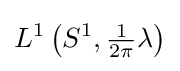
L^{1}\left(S^{1},{\tfrac {1}{2\pi }}\lambda \right)